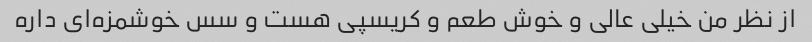
از نظر من خیلی عالی و خوش طعم و کریسپی هست و سس خوشمزه‌ای داره